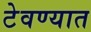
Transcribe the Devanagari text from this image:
टेवण्यात